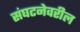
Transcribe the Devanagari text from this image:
संघटनेवरील